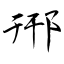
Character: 郉